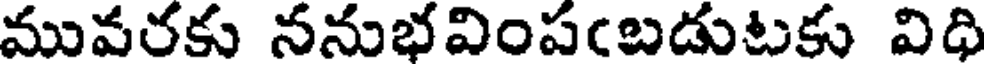
మువరకు ననుభవింపఁబడుటకు విధి